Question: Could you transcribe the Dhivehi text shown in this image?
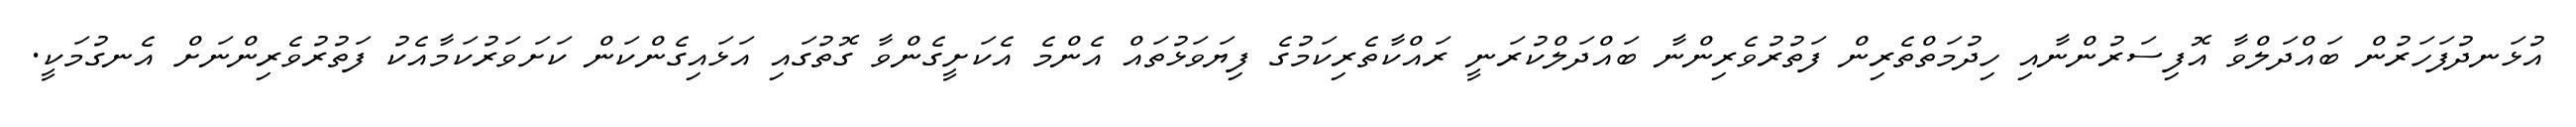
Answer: އުޅަނދުފަހަރުން ބައްދަލްވާ އޮފިސަރުންނާއި ހިދުމަތްތެރިން ފަތުރުވެރިންނާ ބައްދަލްކުރަނީ ރައްކާތެރިކަމުގެ ފިޔަވަޅުތައް އެންމެ އެކަށީގެންވާ ގޮތުގައި އަޅައިގެންކަން ކަށަވަރުކަމާއެކު ފަތުރުވެރިންނަށް އެނގުމަކީ.